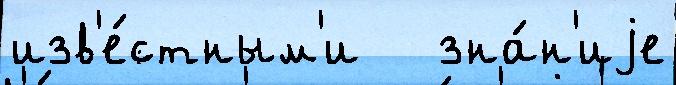
изв'е́стным'и   зна́н'иjе